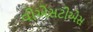
વીએસટીએસ